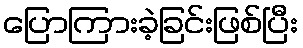
ပြောကြားခဲ့ခြင်းဖြစ်ပြီး